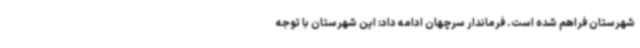
شهرستان فراهم شده است. فرماندار سرچهان ادامه داد: این شهرستان با توجه